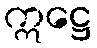
ဣဋ္ဌေ